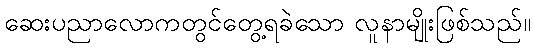
ဆေးပညာလောကတွင်တွေ့ရခဲသော လူနာမျိုးဖြစ်သည်။